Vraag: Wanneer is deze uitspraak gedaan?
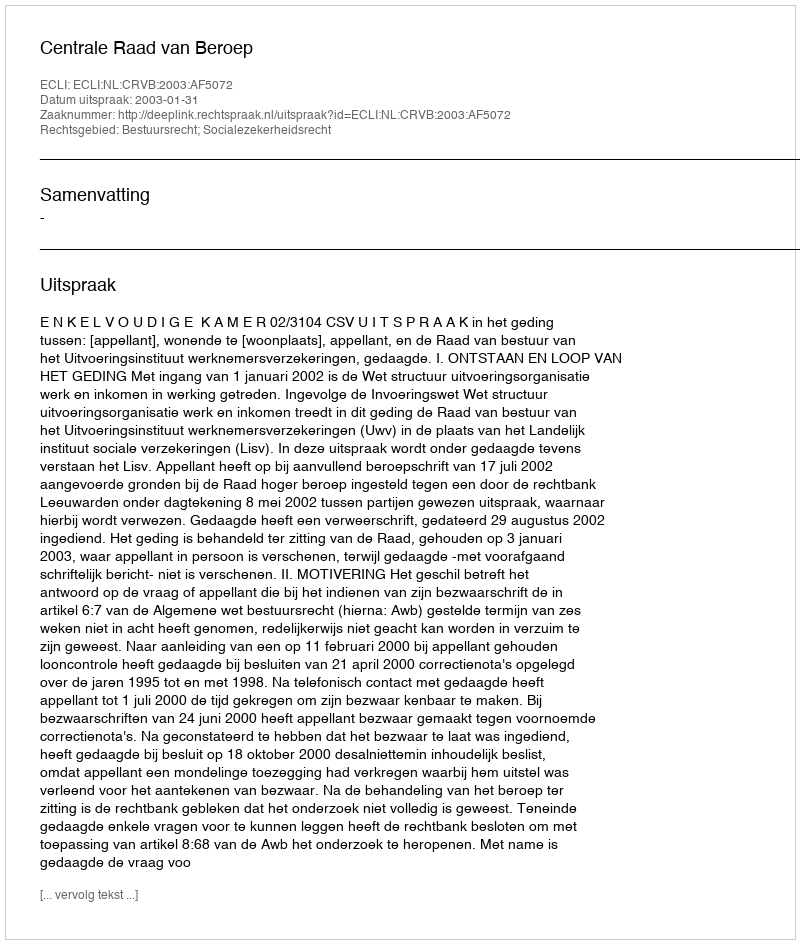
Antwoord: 2003-01-31